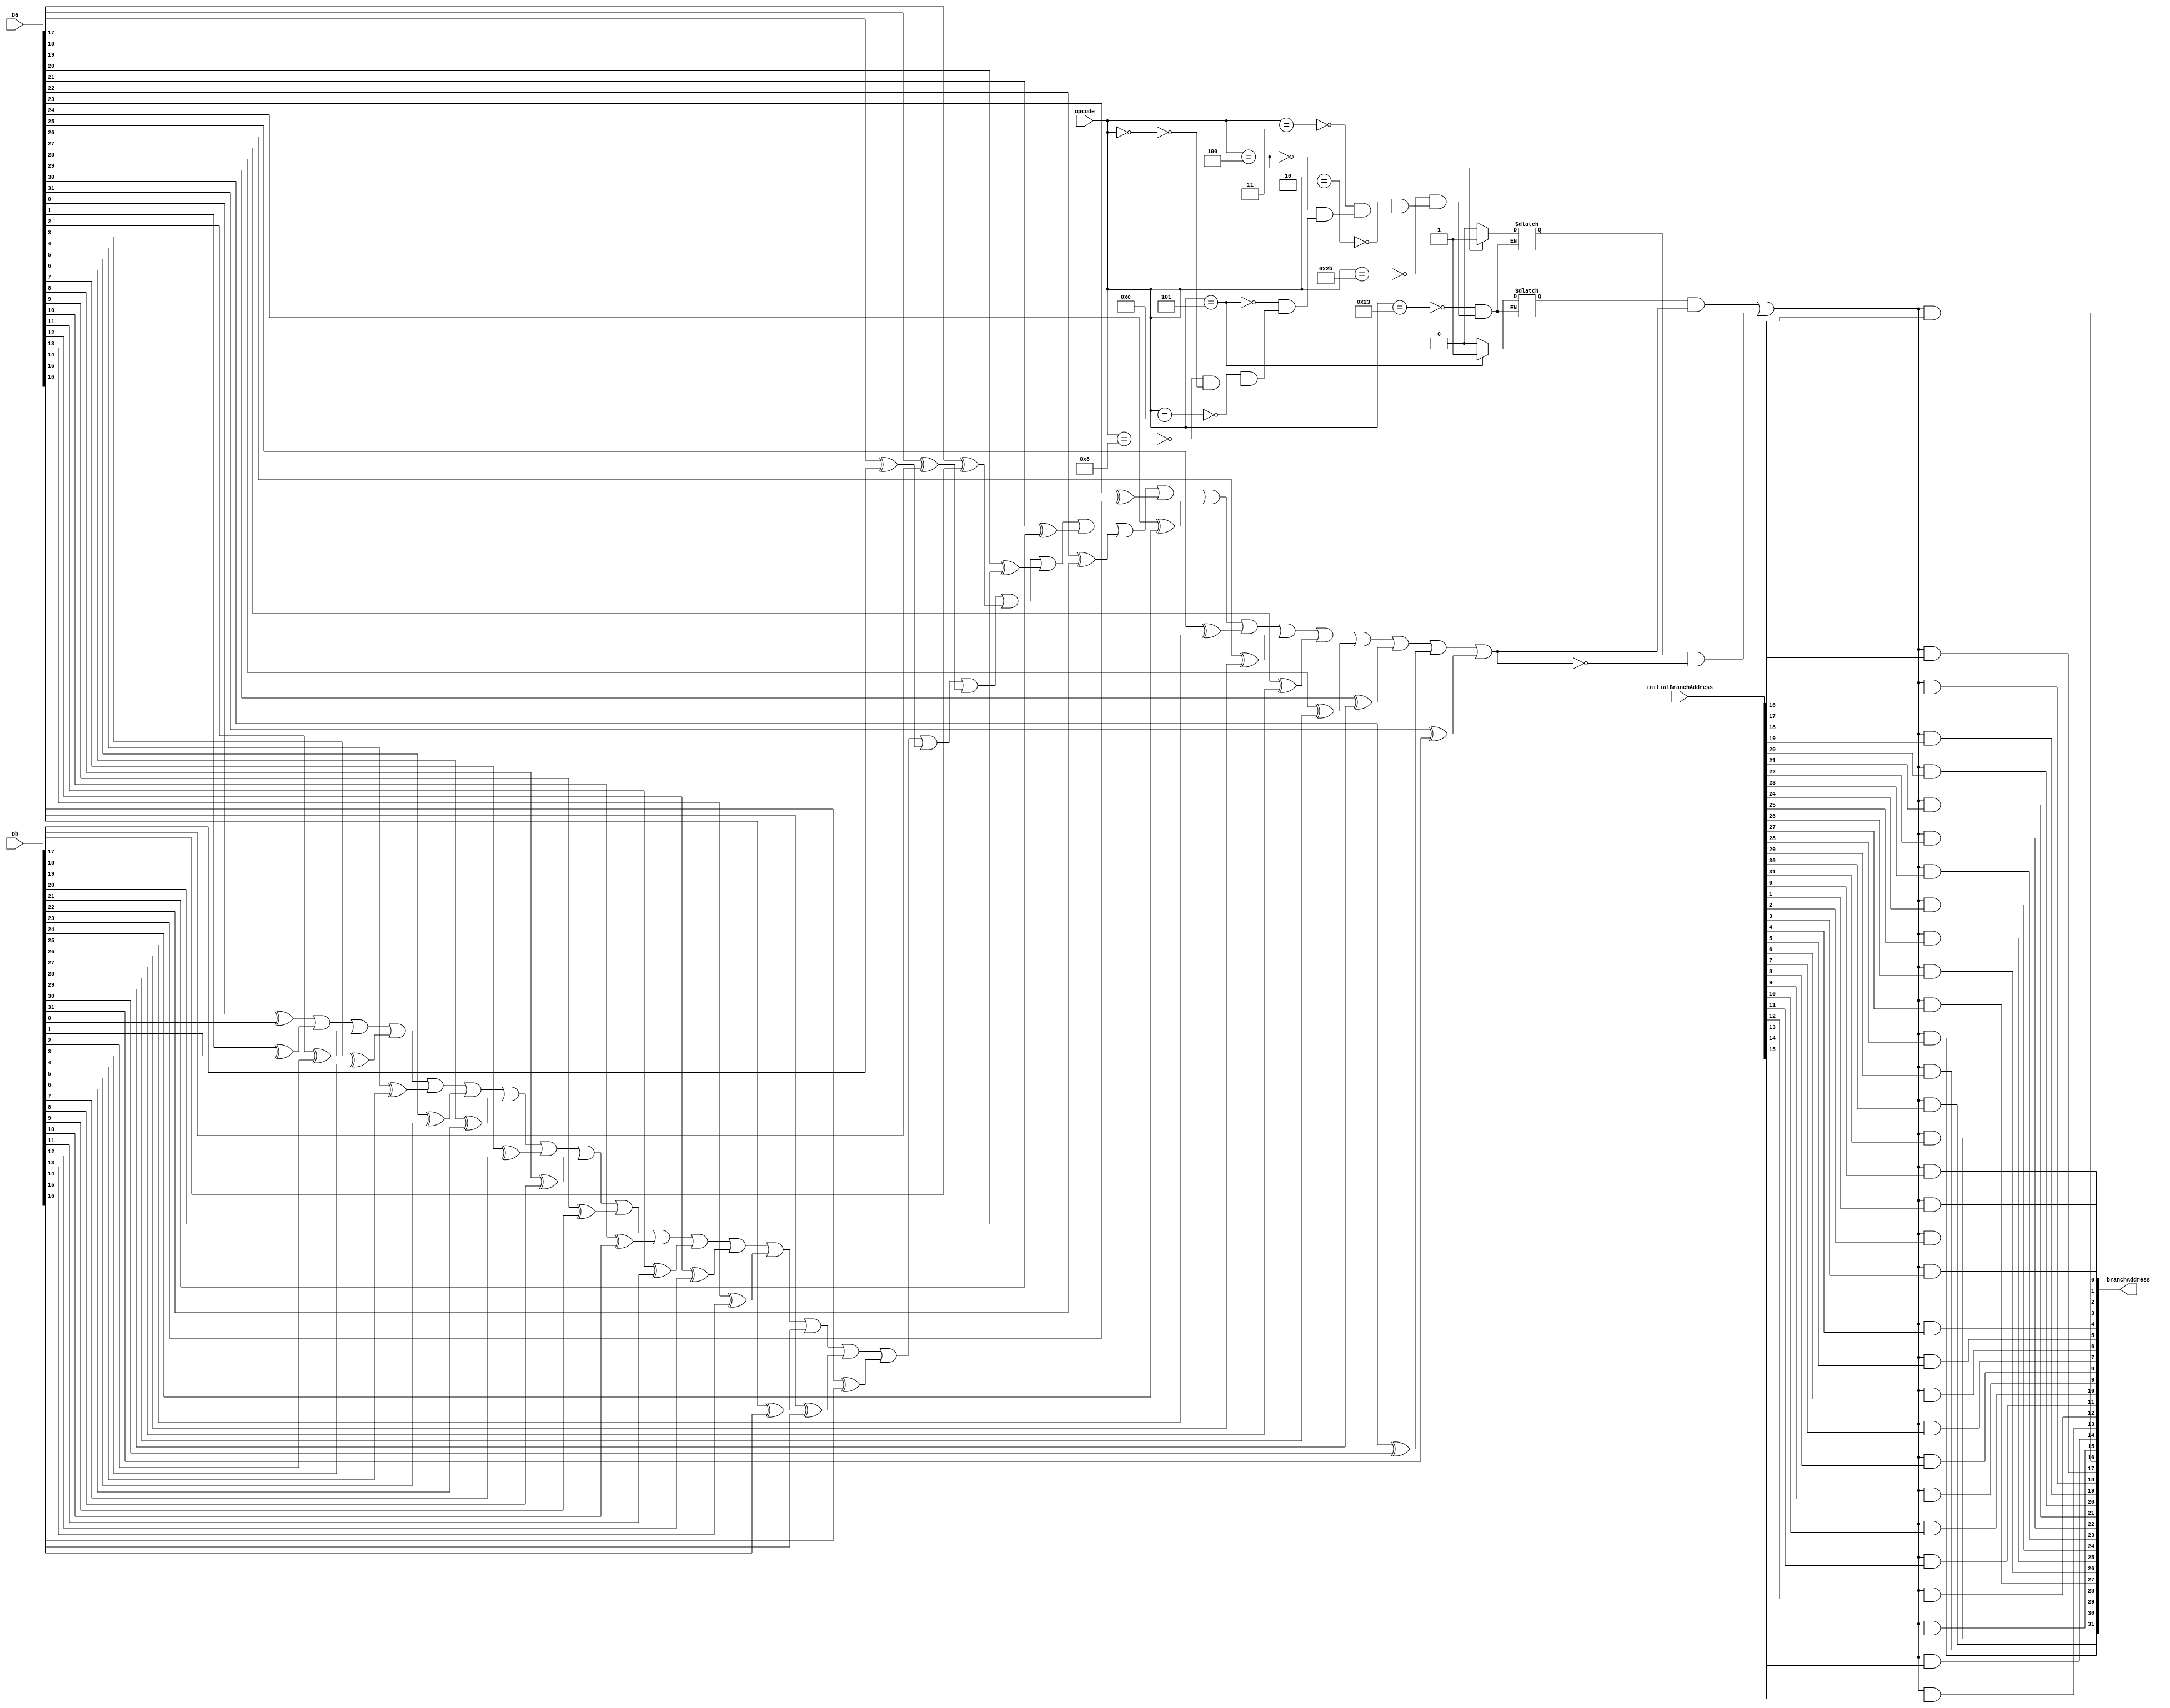
`define LW_OP    6'b100011
`define SW_OP    6'b101011
`define J_OP     6'b000010
`define JAL_OP   6'b000011
`define BEQ_OP   6'b000100
`define BNE_OP   6'b000101
`define XORI_OP  6'b001110
`define ADDI_OP  6'b001000
`define RTYPE_OP 6'b000000

`timescale 1 ns / 1 ps

module branchTest (
	input[5:0] opcode,
	input[31:0] Da,
	input[31:0] Db,
	input[31:0] initialBranchAddress,
	output[31:0] branchAddress
);
reg isBNE;
reg isBEQ;

wire[31:0] doesBranch;
wire doesBranchFinal; 
wire doesBranchFinalInv;

wire isBNEFinal;
wire isBEQFinal;

and(isBNEFinal, isBNE, doesBranchFinal);
and(isBEQFinal, isBEQ, doesBranchFinalInv);

wire goToBranch;

always @(opcode) begin
	case (opcode)
		`LW_OP:   begin isBNE=0; isBEQ=0; end
		`SW_OP:   begin isBNE=0; isBEQ=0; end //SW
		`J_OP:    begin isBNE=0; isBEQ=0; end //J
		`JAL_OP:  begin isBNE=0; isBEQ=0; end //JAL
		`BEQ_OP:  begin isBNE=0; isBEQ=1; end //BEQ
		`BNE_OP:  begin isBNE=1; isBEQ=0; end//BNE
		`XORI_OP: begin isBNE=0; isBEQ=0; end //XORI
		`ADDI_OP: begin isBNE=0; isBEQ=0; end //ADDI

		`RTYPE_OP: begin isBNE=0; isBEQ=0; end
		default: $display("Error in Branch Test: Invalid opcode. OPCODE: %b", opcode);
	endcase
end

or doesBranchOR(doesBranchFinal, doesBranch[0], doesBranch[1], doesBranch[2], doesBranch[3], doesBranch[4], doesBranch[5], doesBranch[6], doesBranch[7], doesBranch[8], doesBranch[9], doesBranch[10], doesBranch[11], doesBranch[12], doesBranch[13], doesBranch[14], 
    doesBranch[15], doesBranch[16], doesBranch[17], doesBranch[18], doesBranch[19], doesBranch[20], doesBranch[21], doesBranch[22], doesBranch[23], doesBranch[24], doesBranch[25], doesBranch[26], doesBranch[27], doesBranch[28], doesBranch[29], doesBranch[30], doesBranch[31]);


generate
    genvar i;
    for (i=0; i<32; i=i+1)
    begin
        xor(doesBranch[i], Da[i], Db[i]);
        and(branchAddress[i], goToBranch, initialBranchAddress[i]); // is zero if the program shouldn't go to branch. 
    end
endgenerate

or(doesBranchFinal, doesBranch[0], doesBranch[1], doesBranch[2], doesBranch[3], doesBranch[4], doesBranch[5], doesBranch[6], doesBranch[7], doesBranch[8], doesBranch[9], doesBranch[10], doesBranch[11], doesBranch[12], doesBranch[13], doesBranch[14], 
    doesBranch[15], doesBranch[16], doesBranch[17], doesBranch[18], doesBranch[19], doesBranch[20], doesBranch[21], doesBranch[22], doesBranch[23], doesBranch[24], doesBranch[25], doesBranch[26], doesBranch[27], doesBranch[28], doesBranch[29], doesBranch[30], doesBranch[31]);
not(doesBranchFinalInv, doesBranchFinal);

or(goToBranch, isBNEFinal, isBEQFinal);

endmodule